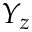
Y _ { z }